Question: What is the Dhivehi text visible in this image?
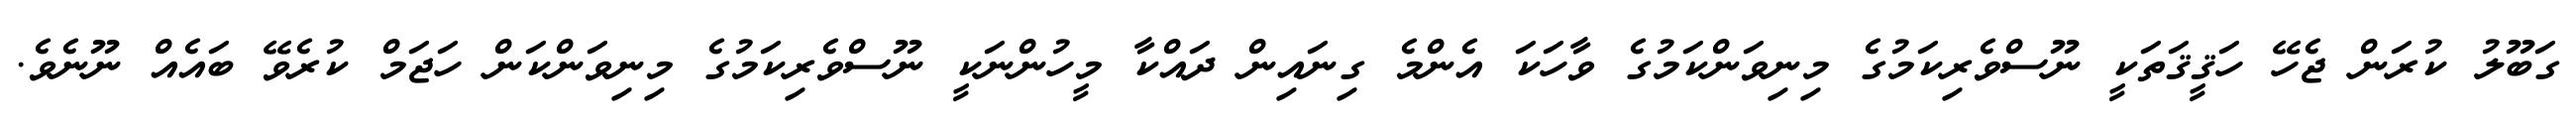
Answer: ގަބޫލު ކުރަން ޖެހޭ ހަޤީޤަތަކީ ނޫސްވެރިކަމުގެ މިނިވަންކަމުގެ ވާހަކަ އެންމެ ގިނައިން ދައްކާ މީހުންނަކީ ނޫސްވެރިކަމުގެ މިނިވަންކަން ހަޖަމް ކުރެވޭ ބައެއް ނޫނެވެ.